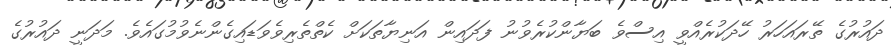
ދައުރުގެ ތޭރައަހަރު ހޭދަކުރެއްވީ އިސްވެ ބަޔާންކުރެވުނު ފަދައިން އަނިޔާތަކަށް ކެތްތެރިވެވަޑައިގެންނެވުމުގައެވެ. މަދަނީ ދައުރުގެ